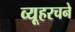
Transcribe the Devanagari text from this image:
व्यूहरचने